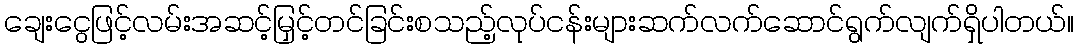
ချေးငွေဖြင့်လမ်းအဆင့်မြှင့်တင်ခြင်းစသည့်လုပ်ငန်းများဆက်လက်ဆောင်ရွက်လျက်ရှိပါတယ်။